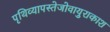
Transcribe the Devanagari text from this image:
पृथिव्यापस्तेजोवायुराकाश